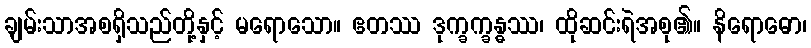
ချမ်းသာအစရှိသည်တို့နှင့် မရောသော။ ဧတဿ ဒုက္ခက္ခန္ဓဿ၊ ထိုဆင်းရဲအစု၏။ နိရောဓော၊